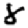
Digit: 8